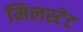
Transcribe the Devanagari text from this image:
मिलस्टेट